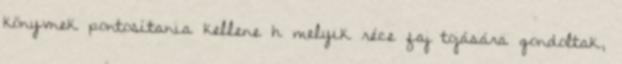
könyvnek pontosítania kellene h melyik réce faj tojására gondoltak,